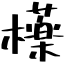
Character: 𣟿